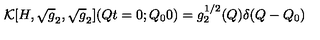
{ \cal K } [ H , \sqrt { g } _ { 2 } , \sqrt { g } _ { 2 } ] ( Q t = 0 ; Q _ { 0 } 0 ) = g _ { 2 } ^ { 1 / 2 } ( Q ) \delta ( Q - Q _ { 0 } )